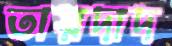
তায়দাদ